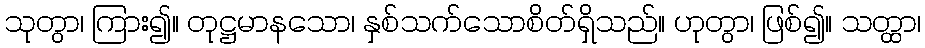
သုတွာ၊ ကြား၍။ တုဋ္ဌမာနသော၊ နှစ်သက်သောစိတ်ရှိသည်။ ဟုတွာ၊ ဖြစ်၍။ သတ္ထာ၊